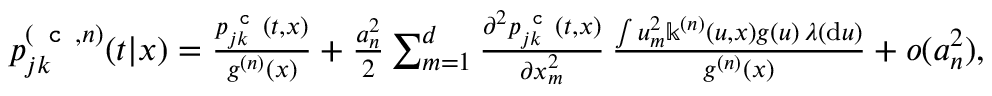
\begin{array} { r } { p _ { j k } ^ { ( \texttt { c } , n ) } ( t | x ) = \frac { p _ { j k } ^ { \texttt { c } } ( t , x ) } { g ^ { ( n ) } ( x ) } + \frac { a _ { n } ^ { 2 } } { 2 } \sum _ { m = 1 } ^ { d } \frac { \partial ^ { 2 } p _ { j k } ^ { \texttt { c } } ( t , x ) } { \partial x _ { m } ^ { 2 } } \, \frac { \int u _ { m } ^ { 2 } \mathbb { k } ^ { ( n ) } ( u , x ) g ( u ) \, \lambda ( \mathrm { d } u ) } { g ^ { ( n ) } ( x ) } + o ( a _ { n } ^ { 2 } ) , } \end{array}